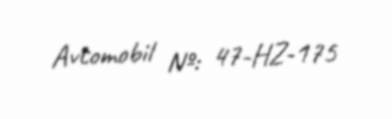
Avtomobil №: 47-HZ-175